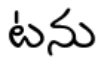
టను